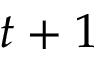
t + 1